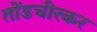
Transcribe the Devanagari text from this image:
तोंडचीरकर